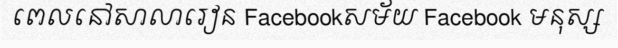
ពេលនៅសាលារៀន Facebookសម័យ Facebook មនុស្ស